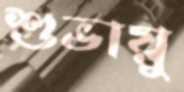
শুভায়ু